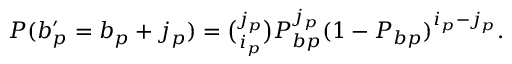
\begin{array} { r } { P ( b _ { p } ^ { \prime } = b _ { p } + j _ { p } ) = \binom { j _ { p } } { i _ { p } } P _ { b p } ^ { j _ { p } } ( 1 - P _ { b p } ) ^ { i _ { p } - j _ { p } } . } \end{array}